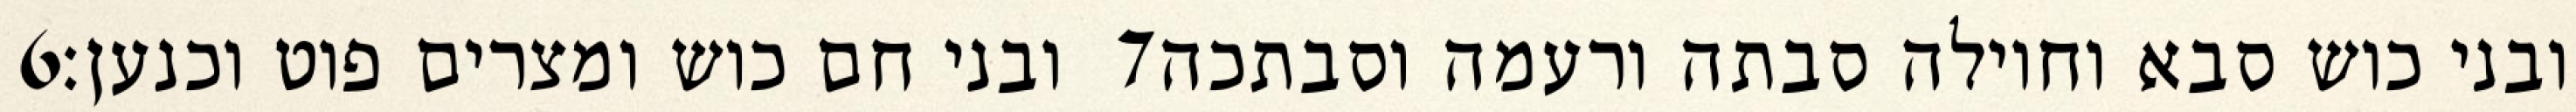
‎6‏ ובני חם כוש ומצרים פוט וכנען׃ ‎7‏ ובני כוש סבא וחוילה סבתה ורעמה וסבתכה